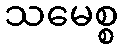
သမေစ္စ